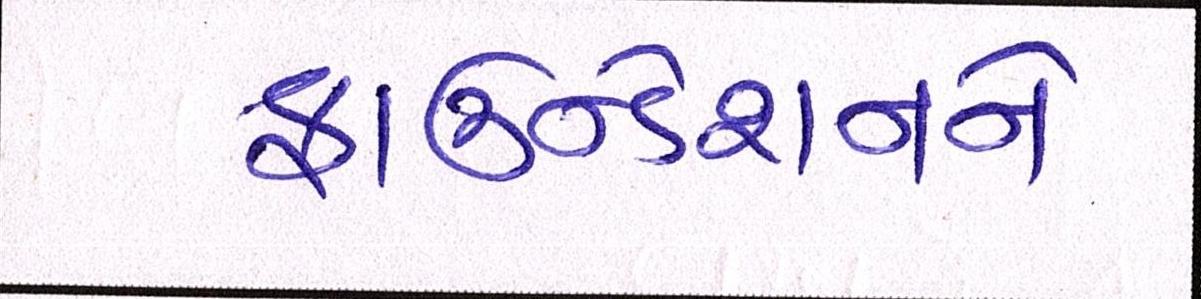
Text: ફાઉન્ડેશનને